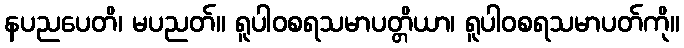
နပညပေတိ၊ မပညတ်။ ရူပါဝစရသမာပတ္တိယာ၊ ရူပါဝစရသမာပတ်ကို။